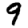
Digit: 9